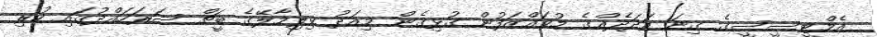
އެމްޓީސީސީގެ ގިނަ އަދަދެއްގެ މުވައްޒަފުން ގުޅިގެން މިއަދު ވިލިމާލޭގެ ބީޗް ސަރަހައްދުގައި ހުރި